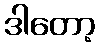
ဒါတော့